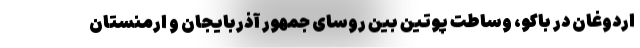
اردوغان در باکو، وساطت پوتین بین روسای جمهور آذربایجان و ارمنستان